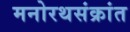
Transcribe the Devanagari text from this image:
मनोरथसंक्रांत